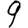
Digit: 9